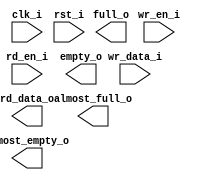
/*******************************************************************************
    Verilog netlist generated by IPGEN Radiant Software (64-bit) 2.0.0.64.1
    Soft IP Version: 1.0.0
    Mon Aug 10 23:32:30 2020
*******************************************************************************/
/*******************************************************************************
    Wrapper Module generated per user settings.
*******************************************************************************/
module sc_fifo (clk_i, rst_i, wr_en_i, rd_en_i, wr_data_i, full_o, empty_o,
    almost_full_o, almost_empty_o, rd_data_o)/* synthesis syn_black_box syn_declare_black_box=1 */;
    input  clk_i;
    input  rst_i;
    input  wr_en_i;
    input  rd_en_i;
    input  [15:0]  wr_data_i;
    output  full_o;
    output  empty_o;
    output  almost_full_o;
    output  almost_empty_o;
    output  [15:0]  rd_data_o;
endmodule